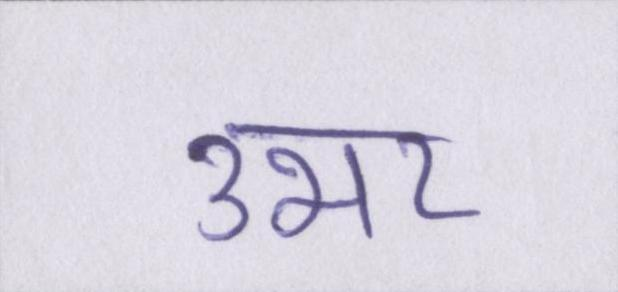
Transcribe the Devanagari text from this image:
उभर